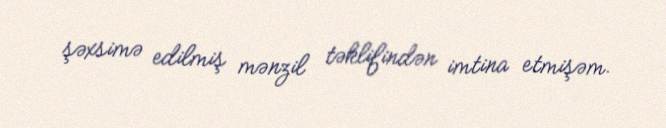
şəxsimə edilmiş mənzil təklifindən imtina etmişəm.